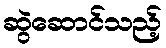
ဆွဲဆောင်သည့်